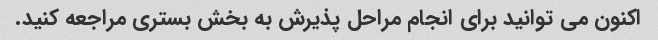
اکنون می توانید برای انجام مراحل پذیرش به بخش بستری مراجعه کنید.